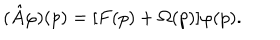
LaTeX: ( \hat { A } \varphi ) ( p ) = [ F ( p ) + \Omega ( p ) ] \varphi ( p ) .